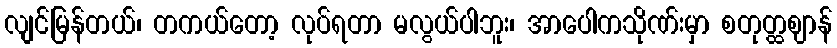
လျင်မြန်တယ်၊ တကယ်တော့ လုပ်ရတာ မလွယ်ပါဘူး၊ အာပေါကသိုဏ်းမှာ စတုတ္ထဈာန်